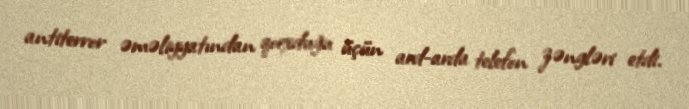
antiterror əməliyyatından qorxduğu üçün ard-arda telefon zəngləri etdi.